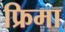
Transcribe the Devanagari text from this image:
फ्रिमा